Indian journal of veterinary science and animal husbandry - Volumes 15-17, 1948-1951
Year: 1948
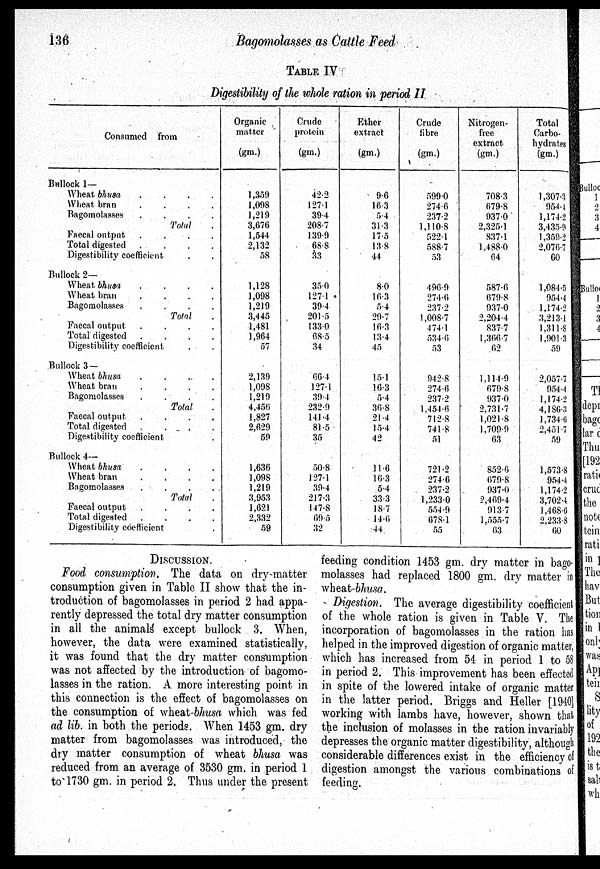
136
Bagomolasses as Cattle Feed
TABLE IV
Digestibility of the whole ration in period II
Consumed from
Bullock 1—
Wheat bhusa
.
.
.
.
Wheat bran . . . .
Bagomolasses
.
.
.
.
Total .
Faecal output
.
.
.
.
Total digested
.
.
.
.
Digestibility coefficient
Bullock 2—
Wheat bhusa
.
.
.
.
Wheat bran
.
.
.
.
Bagomolasses
.
.
.
.
Total .
Faecal output
.
.
.
.
Total digested
.
.
.
.
Digestibility coefficient . .
Bullock 3—
Wheat bhusa
.
.
.
.
Wheat bran
.
.
.
.
Bagomolasses
.
.
.
.
Total .
Faecal output
.
.
.
.
Total digested
.
.
.
.
Digestibility coefficient.
Bullock 4—
Wheat bhusa
.
.
.
.
Wheat bran
.
.
.
.
Bagomolasses
.
.
.
.
Total .
Faecal output
.
.
.
.
Total digested
.
.
.
.
Digestibility coefficient .
Organic
matter
(gm.)
1,359
1,098
1,219
3,676
1,544
2,132
58
1,128
1,098
1,219
3,445
1,481
1,964
57
2,139
1,098
1,219
4,456
1,827
2,629
59
1,636
1,098
1,219
3,953
1,621
2,332
59
Crude
protein
(gm.)
42.2
127.1
39.4
208.7
139.9
68.8
33
35.0
127.1
39.4
201 .5
133.0
68.5
34
66.4
127.1
39.4
232.9
141.4
81.5
35
50.8
127.1
39.4
217.3
147.8
69.5
32
Ether
extract
(gm.)
9.6
16.3
54
31.3
17.5
13.8
44
8.0
16.3
54
29.7
16.3
13.4
45
15.1
16.3
54
36.8
21.4
15.4
42
11.6
16.3
5.4
33.3
18.7
14.6
44
Crude
fibre
(gm.)
599.0
274.6
237.2
1,110.8
522.1
588.7
53
496.9
274.6
237.2
1,008.7
474.1
534.6
53
942.8
274.6
237.2
1,454.6
712.8
741.8
51
721.2
274.6
237.2
1,233.0
554.9
678.1
55
Nitrogen-
free
extract
(gm.)
708.3
679.8
937.0
2,325.1
837.1
1,488.0
64
587.6
679.8
937.0
2,204.4
837.7
1,366.7
62
1,114.9
679.8
937.0
2,731.7
1,021.8
1,709.9
63
852.6
679.8
937.0
2,469.4
913.7
1,555.7
63
Total
Carbo-
hydrates
(gm.)
1,307.3
954.4
1,174.2
3,435.9
1,359.2
2,076.7
60
1,084.5
954.4
1,174.2
3,213.1
1,311.8
1,901.3
59
2,057.7
954.4
1,174.2
4,186.3
1,734.6
2,451.7
59
1,573.8
954.4
1,174.2
3,702.4
1,468.6
2,233.8
60
DISCUSSION.
Food consumption. The data on dry-matter
consumption given in Table II show that the in-
troduction of bagomolasses in period 2 had appa-
rently depressed the total dry matter consumption
in all the animals except bullock 3. When,
however, the data were examined statistically,
it was found that the dry matter consumption
was not affected by the introduction of bagomo-
lasses in the ration. A more interesting point in
this connection is the effect of bagomolasses on
the consumption of wheat-bhusa which was fed
ad lib. in both the periods. When 1453 gm. dry
matter from bagomolasses was introduced, the
dry matter consumption of wheat bhusa was
reduced from an average of 3530 gm. in period 1
to 1730 gm. in period 2. Thus under the present
feeding condition 1453 gm. dry matter in bago-
molasses had replaced 1800 gm. dry matter i n
wheat-bhusa.
Digestion. The average digestibility coefficient
of the whole ration is given in Table V. The
incorporation of bagomolasses in the ration has
helped in the improved digestion of organic matter,
which has increased from 54 in period 1 to 58
in period 2. This improvement has been effected
in spite of the lowered intake of organic matter
in the latter period. Briggs and Heller [1940]
working with lambs have, however, shown that
the inclusion of molasses in the ration invariably
depresses the organic matter digestibility, although
considerable differences exist in the efficiency of
digestion amongst the various combinations of
feeding.